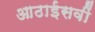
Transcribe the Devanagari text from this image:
आठाईसवीं